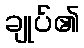
ချုပ်၏